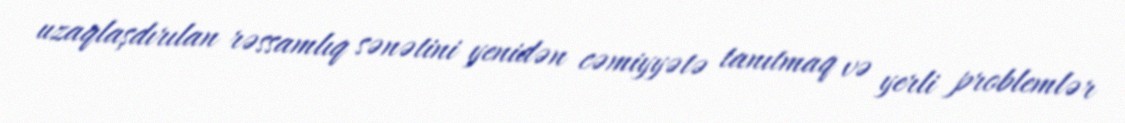
uzaqlaşdırılan rəssamlıq sənətini yenidən cəmiyyətə tanıtmaq və yerli problemlər